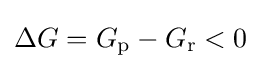
\Delta G=G_{\rm {p}}-G_{\rm {r}}<0